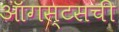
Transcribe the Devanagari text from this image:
ऑगस्टसची